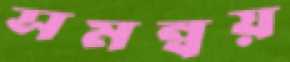
সমন্বয়